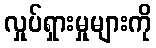
လှုပ်ရှားမှုများကို